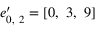
\boldsymbol { e } _ { 0 , \ 2 } ^ { \prime } = \left[ 0 , \ 3 , \ 9 \right]